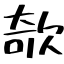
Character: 欹